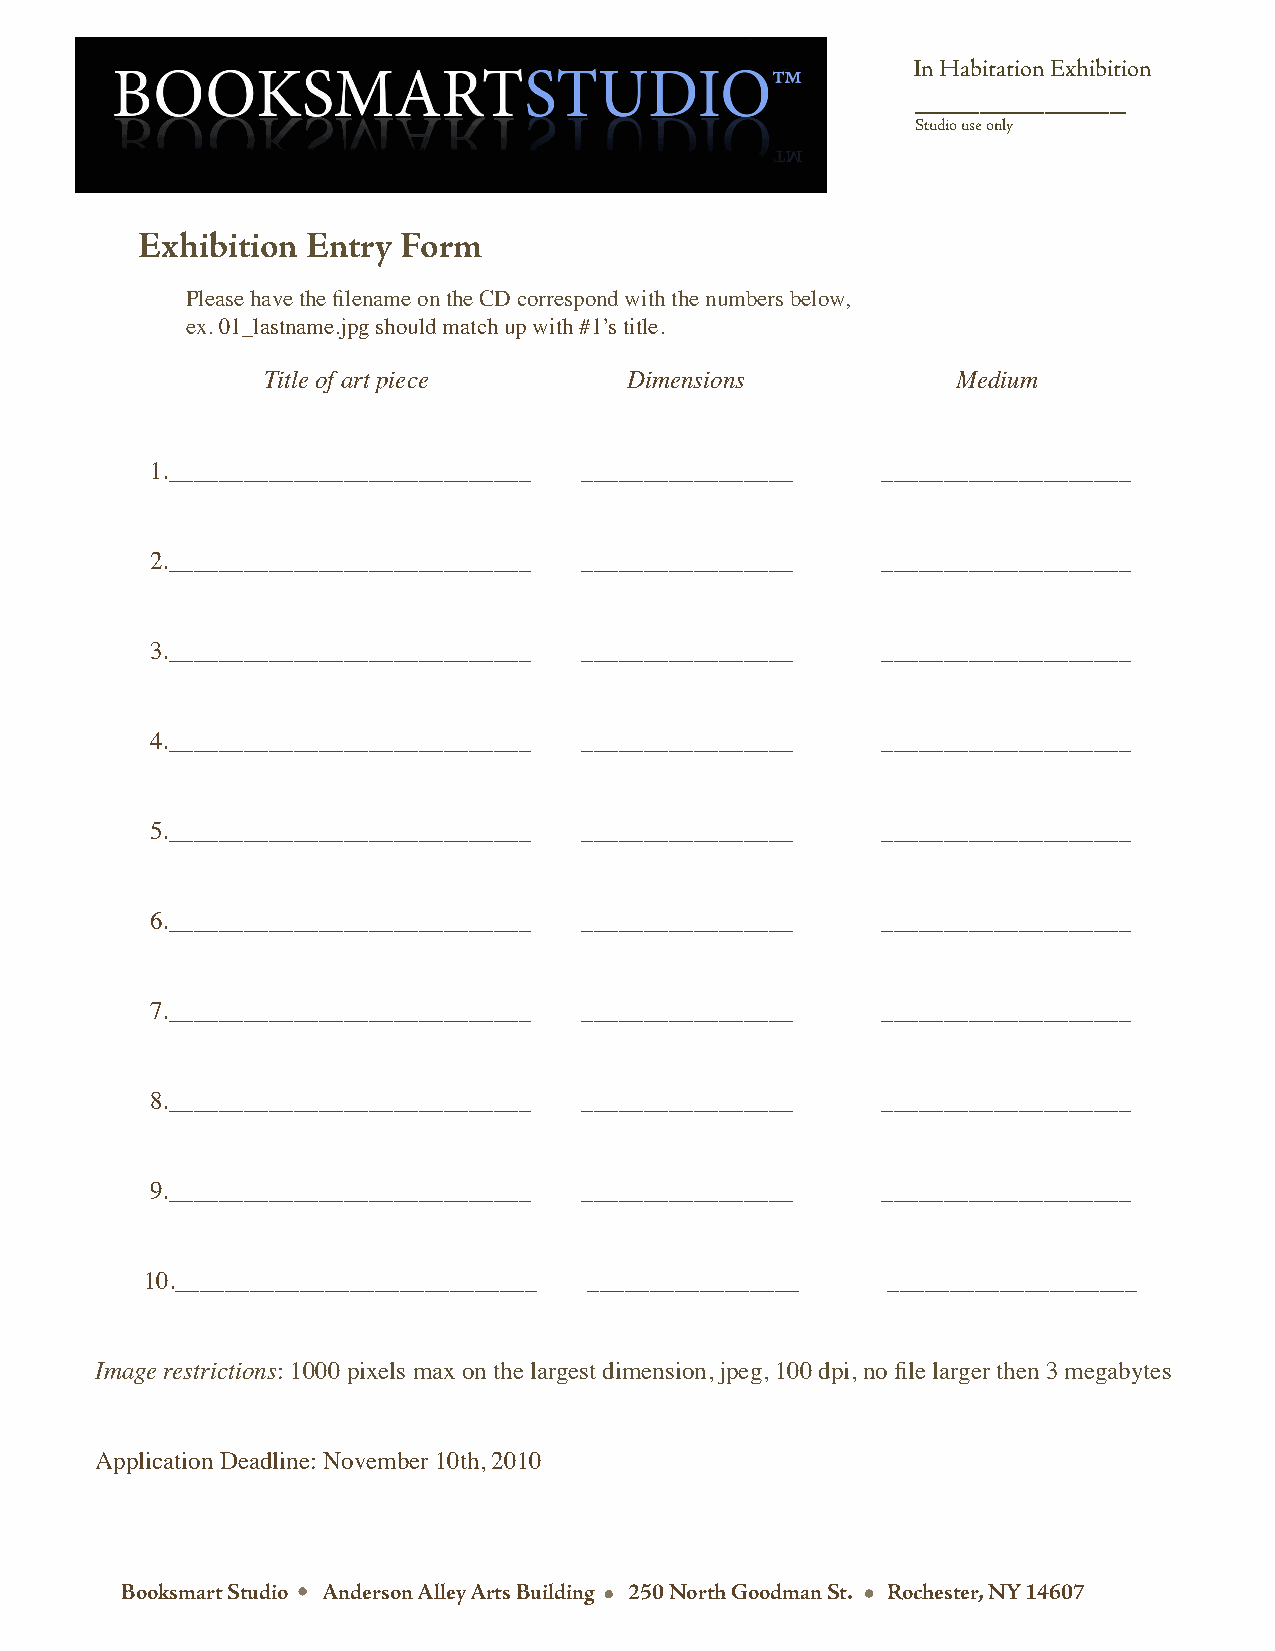
In Habitation Exhibition
 _____________
 Studio use only
 Exhibition Entry  Form
 Please have the filename on the CD correspond with the numbers below,
 ex. 01_lastname.jpg should match up with #1’s title.
 Title of art piece      Dimensions            Medium
 1._____________________________ _________________ ____________________
 2._____________________________ _________________ ____________________
 3._____________________________ _________________ ____________________
 4._____________________________ _________________ ____________________
 5._____________________________ _________________ ____________________
 6._____________________________ _________________ ____________________
 7._____________________________ _________________ ____________________
 8._____________________________ _________________ ____________________
 9._____________________________ _________________ ____________________
 10._____________________________ _________________ ____________________
 Image restrictions: 1000 pixels max on the largest dimension, jpeg, 100 dpi, no file larger then 3 megabytes
 Application Deadline: November 10th, 2010
 Booksmart Studio Anderson Alley Arts Building 250 North Goodman St. Rochester, NY 14607